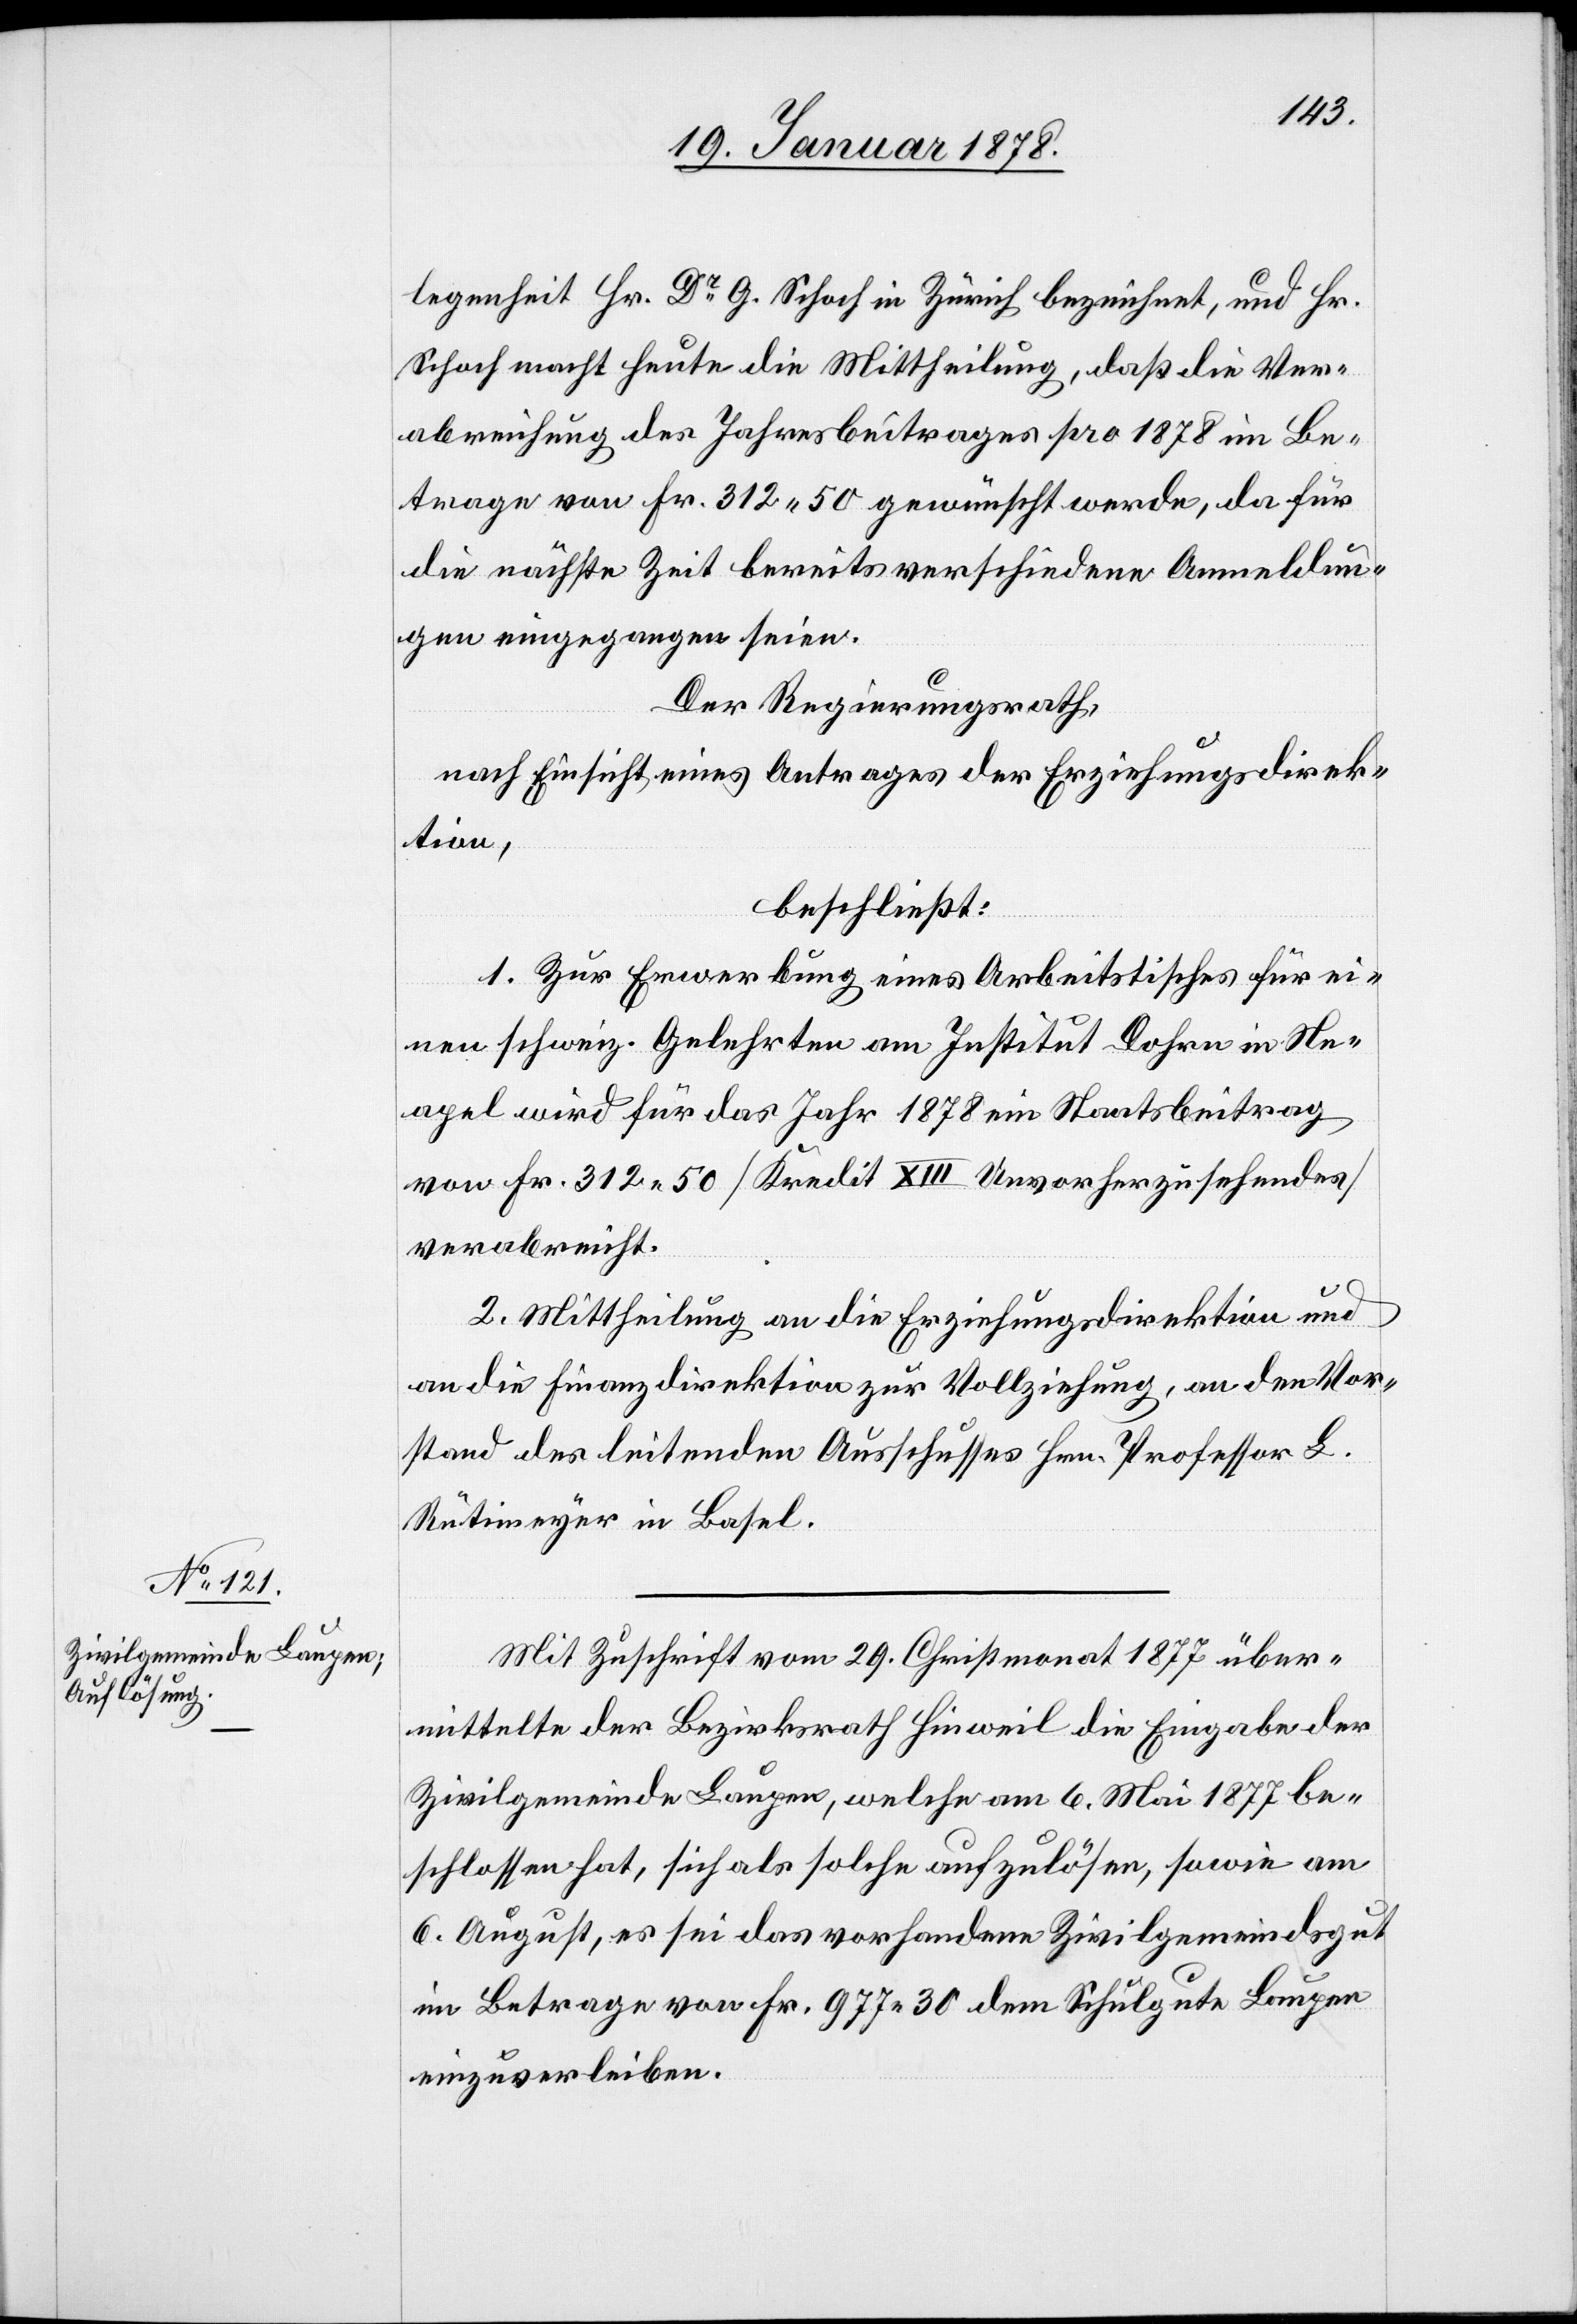
legenheit Hr. Dr. G. Schoch in Zürich bezeichnet, und Hr.
Schoch macht heute die Mittheilung, daß die Ver¬
abreichung des Jahresbeitrages pro 1878 im Be¬
trage von Fr. 312. 50 gewünscht werde, da für
die nächste Zeit bereits verschiedene Anmeldun¬
gen eingegangen seien.
Der Regierungsrath,
nach Einsicht eines Antrages der Erziehungsdirek¬
tion,
beschließt:
1. Zur Erwerbung eines Arbeitsstisches für ei¬
nen schweiz. Gelehrten am Institut Dohrn in Ne¬
apel wird für das Jahr 1878 ein Staatsbeitrag
von Fr. 312. 50 (Kredit XIII Unvorherzusehendes)
verabreicht.
2. Mittheilung an die Erziehungsidrektion und
an die Finanzdirektion zur Vollziehung, an den Vor¬
stand des leitenden Ausschusses Hrn. Professor L.
Rütimeyer in Basel.
Mit Zuschrift vom 29. Christmonat 1877 über¬
mittelte der Bezirksrath Hinweil die Eingabe der
Zivilgemeinde Laupen, welche am 6. Mai 1877 be¬
schlossen hat, sich als solche aufzulösen, sowie am
6. August, es sei das vorhandene Zivilgemeindsgut
im Betrage von Fr. 977.30 dem Schulgute Laupen
einzuverleiben.